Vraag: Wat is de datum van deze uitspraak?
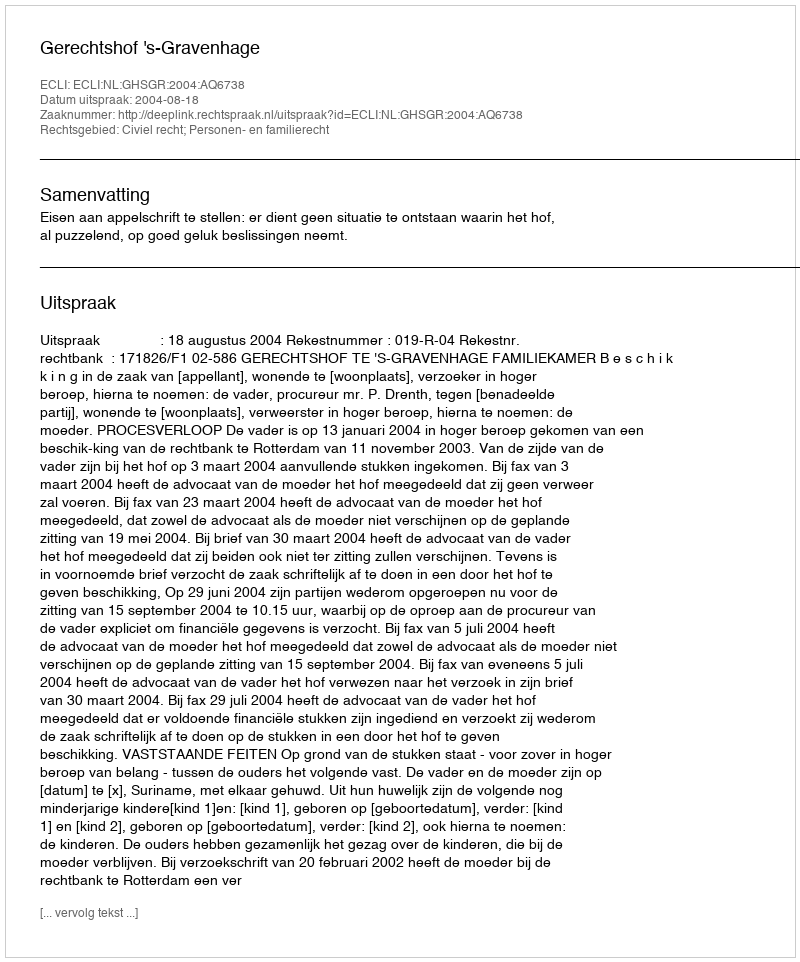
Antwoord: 2004-08-18